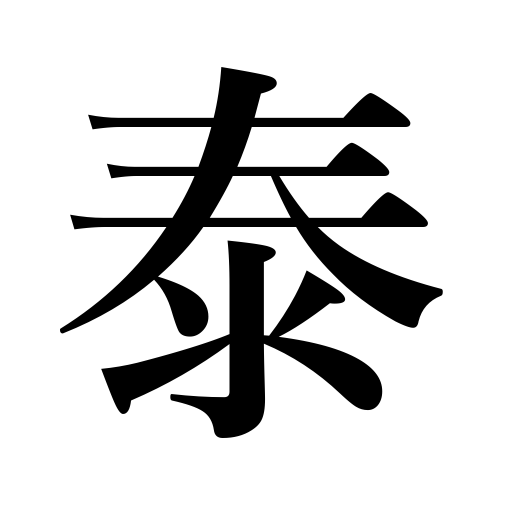
Meanings: large,calm,wide,peace,easy